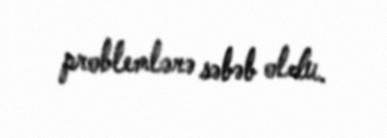
problemlərə səbəb oldu.